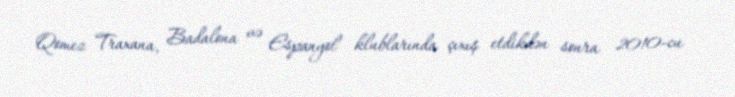
Qomez Traxana, Badalona və Espanyol klublarında çıxış etdikdən sonra 2010-cu